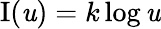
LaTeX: \operatorname{I}(\mathit{u})=k\log\mathit{u}